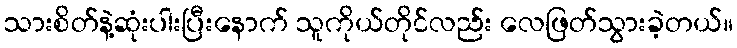
သားစိတ်နဲ့ဆုံးပါးပြီးနောက် သူကိုယ်တိုင်လည်း လေဖြတ်သွားခဲ့တယ်။